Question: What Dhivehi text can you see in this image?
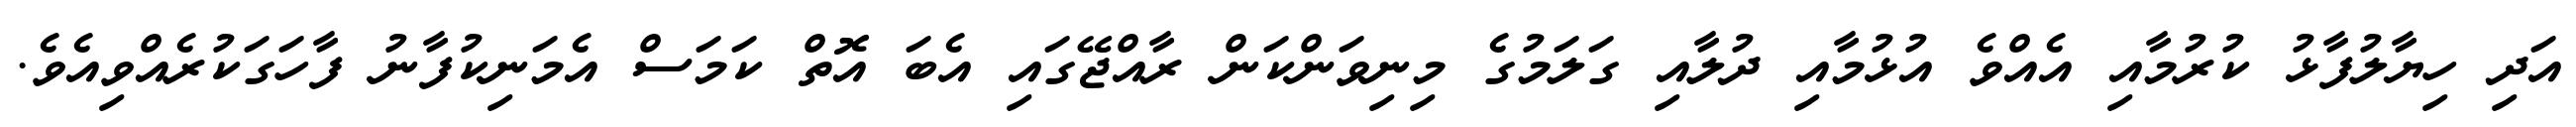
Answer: އަދި ހިޔާލުފާޅު ކުރުމާއި އެއްވެ އުޅުމާއި ދުލާއި ގަލަމުގެ މިނިވަންކަން ރާއްޖޭގައި އެބަ އޮތް ކަމަސް އެމަނިކުފާނު ފާހަގަކުރެއްވިއެވެ.